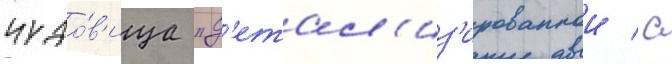
чудо́в'ища "д'етал'из'ированнои / с